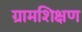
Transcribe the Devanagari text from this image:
ग्रामशिक्षण